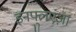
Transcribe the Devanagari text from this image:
इनफ्लुएंज़ा